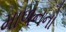
માળનનો